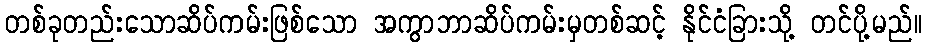
တစ်ခုတည်းသောဆိပ်ကမ်းဖြစ်သော အကွာဘာဆိပ်ကမ်းမှတစ်ဆင့် နိုင်ငံခြားသို့ တင်ပို့မည်။